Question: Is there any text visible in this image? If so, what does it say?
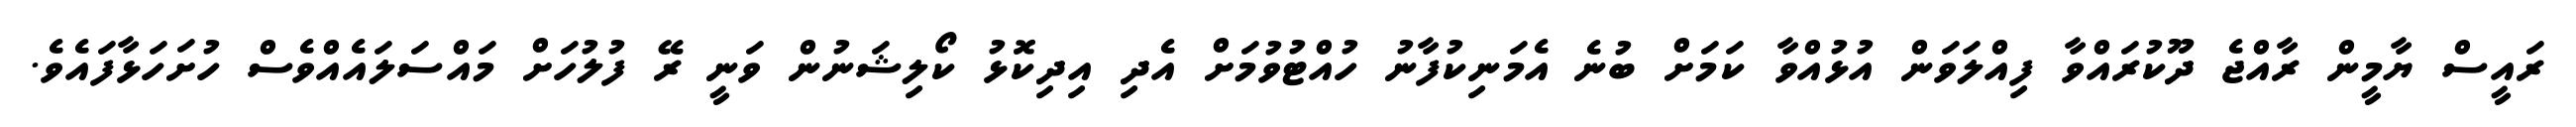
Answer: ރައީސް ޔާމީން ރާއްޖެ ދޫކުރައްވާ ފިއްލަވަން އުޅުއްވާ ކަމަށް ބުނެ އެމަނިކުފާނު ހުއްޓުވުމަށް އެދި އިދިކޮޅު ކޯލިޝަނުން ވަނީ ރޭ ފުލުހަށް މައްސަލައެއްވެސް ހުށަހަޅާފައެވެ.